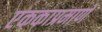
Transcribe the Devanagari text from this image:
एककाप्रमाणे